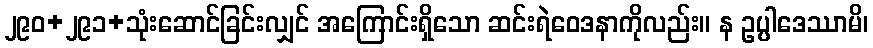
၂၉၀+၂၉၁+သုံးဆောင်ခြင်းလျှင် အကြောင်းရှိသော ဆင်းရဲဝေဒနာကိုလည်း။ န ဥပ္ပါဒေဿာမိ၊